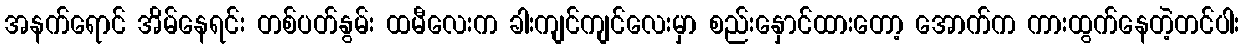
အနက်ရောင် အိမ်နေရင်း တစ်ပတ်နွမ်း ထမီလေးက ခါးကျင်ကျင်လေးမှာ စည်းနှောင်ထားတော့ အောက်က ကားထွက်နေတဲ့တင်ပါး